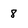
Character: 8